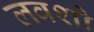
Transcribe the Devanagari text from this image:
लवशो